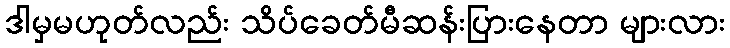
ဒါမှမဟုတ်လည်း သိပ်ခေတ်မီဆန်းပြားနေတာ များလား